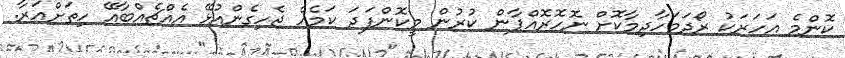
ކޮންމެ އަހަރަކު ރޯދަމަހާދިމާކޮށް ނޮހޮރޮއްޕާން ކުރުން މީކޮންފަދަ ކަމެއް ޖެހިގެންއުޅޭ އެއްޗެއްބާއޭ ހިތަށްއަރާ.